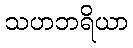
သဟဘရိယာ